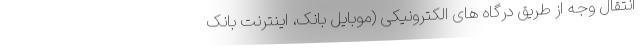
انتقال وجه از طریق درگاه های الکترونیکی (موبایل بانک، اینترنت بانک